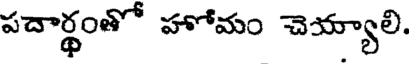
పదార్థంతో హోమం చెయ్యాలి.